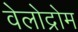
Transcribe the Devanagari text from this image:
वेलोद्रोम